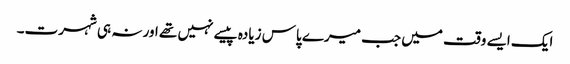
ایک ایسے وقت میں جب میرے پاس زیادہ پیسے نہیں تھے اور نہ ہی شہرت۔